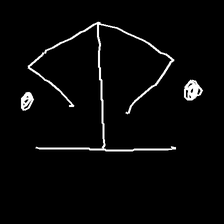
Glyph: earth